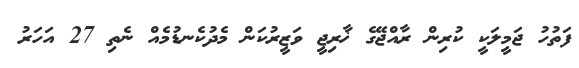
ފަތުހު ޖަމީލަކީ ކުރިން ރާއްޖޭގެ ޚާރިޖީ ވަޒީރުކަން މެދުކެނޑުމެއް ނެތި 27 އަހަރު